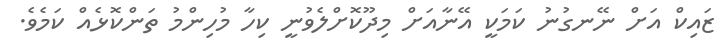
ޒައިކް އަށް ނޭނގުނު ކަމަކީ އޭނާއަށް މިދޫކޮށްލެވުނީ ކިހާ މުހިންމު ތަންކޮޅެއް ކަމެވެ.